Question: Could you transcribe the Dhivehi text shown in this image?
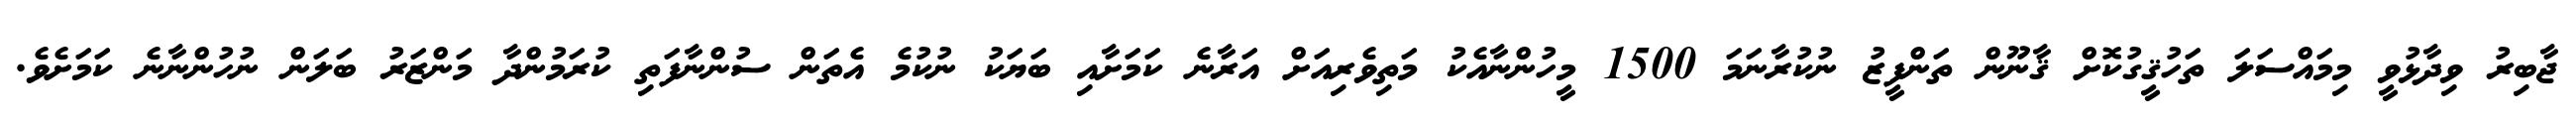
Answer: ޖާބިރު ވިދާޅުވީ މިމައްސަލަ ތަހުޤީގުކޮށް ޤާނޫން ތަންފީޒު ނުކުރާނަމަ 1500 މީހުންނާއެކު މަތިވެރިއަށް އަރާނެ ކަމަށާއި ބަޔަކު ނުކުމެ އެތަން ސުންނާފަތި ކުރަމުންދާ މަންޒަރު ބަލަން ނުހުންނާނެ ކަމަށެވެ.